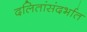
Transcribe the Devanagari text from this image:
दलितांसंदर्भात